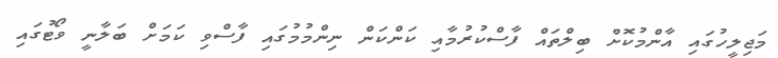
މަޖިލީހުގައި އާންމުކޮށް ބިލްތައް ފާސްކުރުމާއި ކަންކަން ނިންމުމުގައި ފާސްވި ކަމަށް ބަލާނީ ވޯޓުގައި